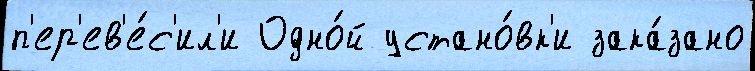
п'ер'ев'е́с'ил'и Одно́й устано́вк'и зака́зано